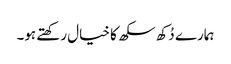
ہمارے دُکھ سکھ کا خیال رکھتے ہو۔